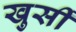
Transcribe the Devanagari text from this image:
खुर्सी